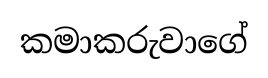
කමාකරුවාගේ